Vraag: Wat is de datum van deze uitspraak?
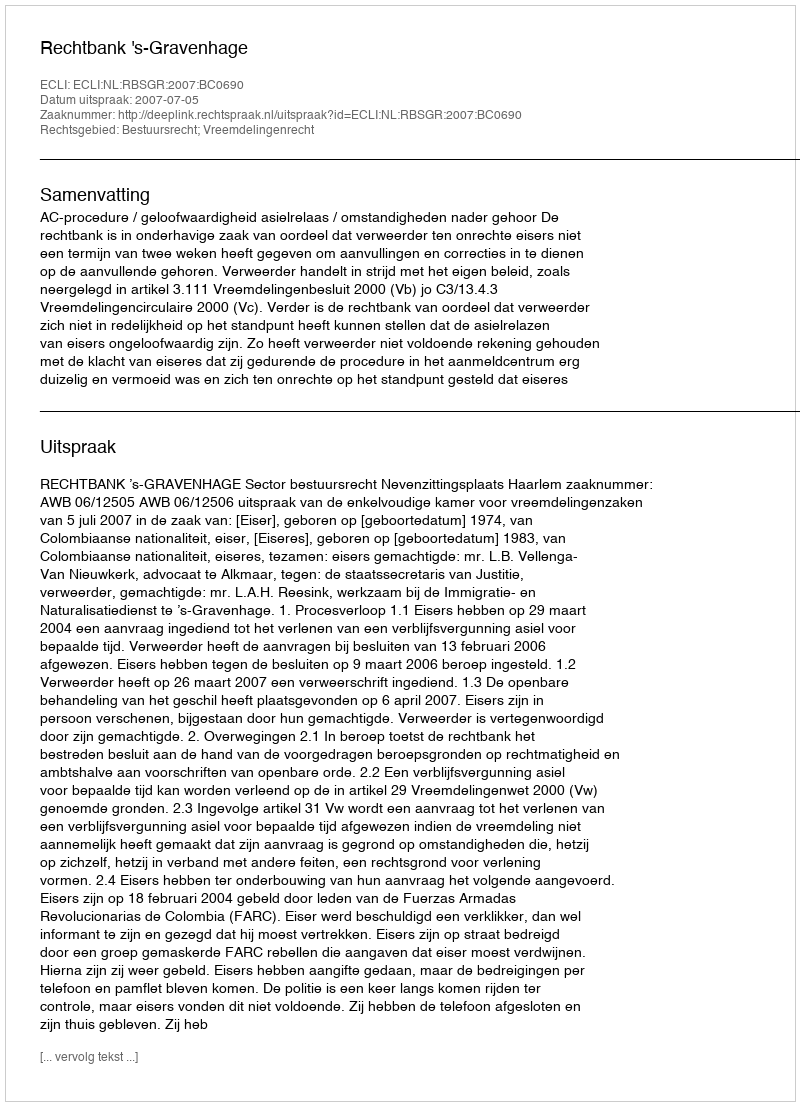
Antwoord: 2007-07-05